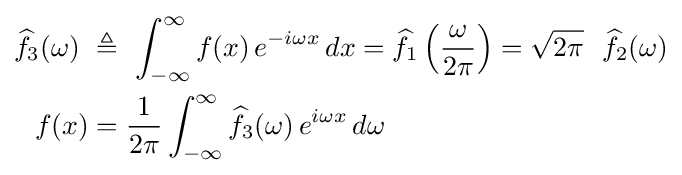
{\begin{aligned}{\widehat {f}}_{3}(\omega )\ &\triangleq \ \int _{-\infty }^{\infty }f(x)\,e^{-i\omega x}\,dx={\widehat {f}}_{1}\left({\frac {\omega }{2\pi }}\right)={\sqrt {2\pi }}\ \ {\widehat {f}}_{2}(\omega )\\f(x)&={\frac {1}{2\pi }}\int _{-\infty }^{\infty }{\widehat {f}}_{3}(\omega )\,e^{i\omega x}\,d\omega \end{aligned}}